Insane asylums in Bengal annual reports 1867-1875 - 1867-1875
Year: 1867
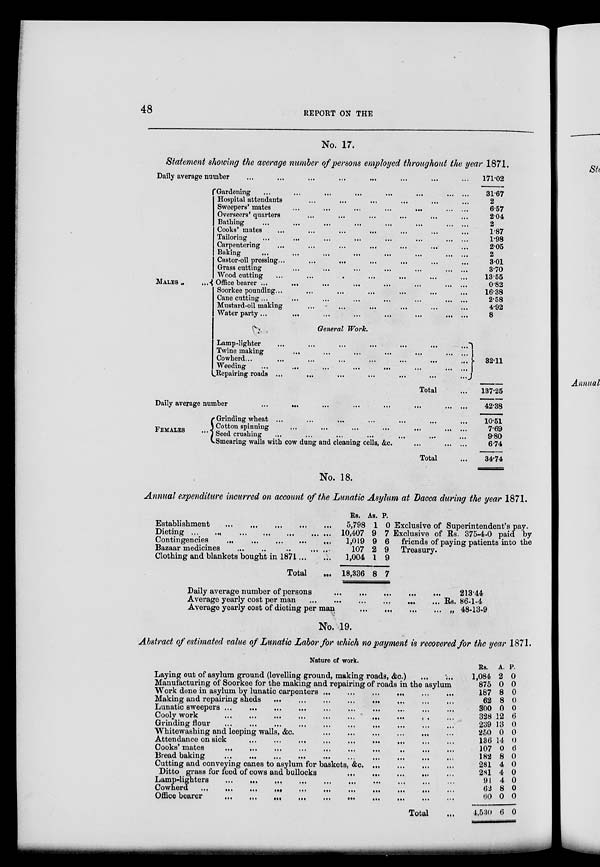
48
REPORT ON THE
No. 17.
Statement showing the average number of persons employed throughout the year 1871.
Daily average number ... ... ... ... ... ... ... ...
MALES ... ...
Gardening
...
...
...
...
...
...
... ...
Hospital attendants ... ... ... ... ... ...
Sweepers' mates
...
...
...
...
...
... ...
Overseers' quarters ... ... ... ... ... ...
Bathing
...
...
...
...
...
...
...
...
Cooks' mates ... ... ... ... ... ... ...
Tailoring
...
...
...
...
...
...
... ...
Carpentering ... ... ... ... ... ... ...
Baking
...
...
...
...
...
...
... ...
Castor-oil pressing...
...
... ... ... ... ...
Grass cutting
...
...
...
...
...
...
...
Wood cutting
...
... ... ... ... ... ...
Office bearer ...
...
...
...
...
...
... ...
Soorkee pounding... ... ... ... ... ... ...
Cane cutting...
...
...
...
...
...
... ...
Mustard-oil making ... ... ... ... ... ...
Water party...
...
...
...
...
...
...
...
171.02
31.67
2
6.57
2.04
2
1.87
1.98
2.05
2
3.01
3.70
13.55
0.82
16.38
2.58
4.92
8
General Work.
Lamp-lighter
...
...
...
...
...
...
...
Twine making
...
...
...
...
...
... ...
Cowherd...
...
...
...
...
...
...
...
Weeding
...
...
...
...
...
...
... ...
Repairing roads ...
...
...
...
...
...
...
Total ...
Daily average number
...
...
...
...
...
...
... ...
FEMALES ...
Grinding wheat ... ... ... ... ... ... ...
Cotton spinning
...
...
...
...
...
Seed crushing ... ... ... ... ... ... ...
Smearing walls with cow dung and cleaning cells, &c.
...
...
...
Total ...
32.11
137.25
42.38
10.51
7.69
9.80
6.74
34.74
No. 18.
Annual expenditure incurred on account of the Lunatic Asylum at Dacca during the year 1871.
Establishment
... ... ... ... ...
Dieting
...
...
...
...
...
...
...
Contingencies
...
...
...
...
...
Bazaar medicines ... ... ... ... ... ...
Clothing and blankets bought in 1871...
...
Total ...
Rs.
5,798
10,407
1,019
107
1,004
18,336
As.
1
9
9
2
1
8
P.
0
7
6
9
9
7
Exclusive of Superintendent's pay.
Exclusive of Rs. 375-4-0 paid by
friends of paying patients into the
Treasury.
Daily average number of persons
...
...
...
...
...
Average yearly cost per man
...
...
...
...
...
...
Average yearly cost of dieting per man
...
...
...
...
213.44
Rs. 86-1-4
„ 48-13-9
No. 19.
Abstract of estimated value of Lunatic Labor for which no payment is recovered for the year 1871.
Nature of work.
Laying out of asylum ground (levelling ground, making roads, &c.)
... ...
Manufacturing of Soorkee for the making and repairing of roads in the asylum
Work done in asylum by lunatic carpenters
...
...
...
...
...
...
Making and repairing sheds
...
...
...
...
...
...
...
...
Lunatic sweepers ...
...
...
...
...
...
...
... ... ...
Cooly work
...
...
...
...
...
...
...
...
... ...
Grinding flour ...
...
...
...
...
...
... ... ... ...
Whitewashing and looping walls, &c.
...
...
...
...
... ...
Attendance on sick
...
...
...
...
...
...
...
...
...
...
Cooks' mates
...
...
...
...
...
...
...
...
...
...
Bread baking
...
...
...
...
...
...
...
...
...
...
Cutting and conveying canes to asylum for baskets,
&c.
...
...
...
...
Ditto grass for feed of cows and bullocks
...
... ... ... ...
Lamp-lighters
...
...
...
...
...
...
...
... ... ...
Cowherd ... ... ... ... ... ... ... ... ... ... ...
Office bearer
...
...
...
...
...
...
...
...
...
...
Total ...
Rs.
1,084
875
187
62
300
328
239
250
136
107
182
281
281
91
62
60
4,530
A.
2
0
8
8
0
12
13
0
14
0
8
4
4
4
8
0
6
P.
0
0
0
0
0
6
0
0
0
6
0
0
0
0
0
0
0